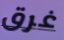
غرق